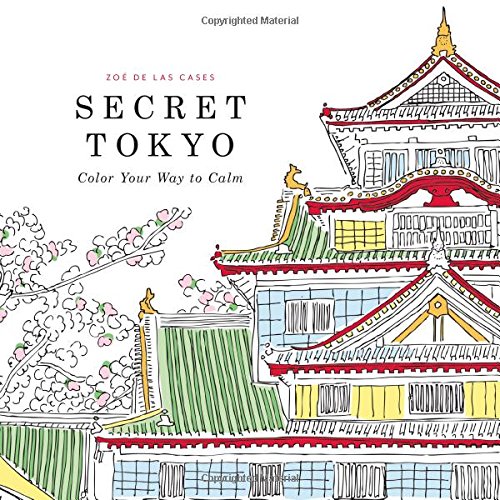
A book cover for Secret Tokyo: Color Your Way to Calm; Humor & Entertainment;